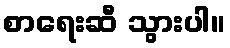
စာရေးဆီ သွားပါ။